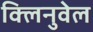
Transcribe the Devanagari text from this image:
क्लिनुवेल